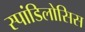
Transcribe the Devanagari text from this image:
स्पांडिलोसिस